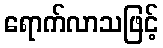
ရောက်လာသဖြင့်